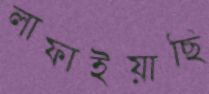
লাফাইয়াছি